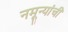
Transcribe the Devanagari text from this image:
नमून्यांची